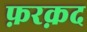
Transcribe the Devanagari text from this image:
फ़रक़द